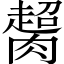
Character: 𦠶